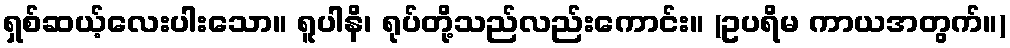
ရှစ်ဆယ့်လေးပါးသော။ ရူပါနိ၊ ရုပ်တို့သည်လည်းကောင်း။ (ဥပရိမ ကာယအတွက်။)